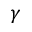
\gamma